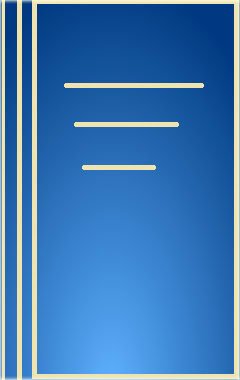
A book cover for The Student's Textbook of Surgery (Norton list); William M. Rambo; Medical Books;